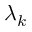
\lambda _ { k }